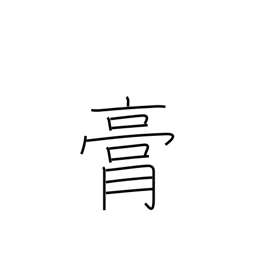
Meaning: fat